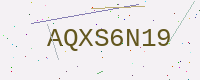
Text: AQXS6N19